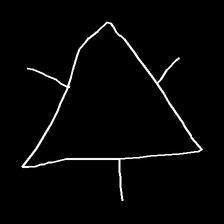
Glyph: fire